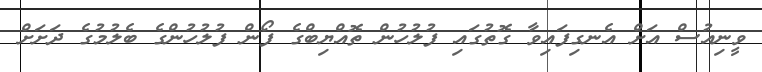
ވީނިއުސް އަށް އެނގިފައިވާ ގޮތުގައި ފުލުހުން ތޮއްޔިބްގެ ފޯން ފުލުހުންގެ ބެލުމުގެ ދަށަށް